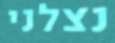
נצלני